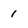
Character: 1